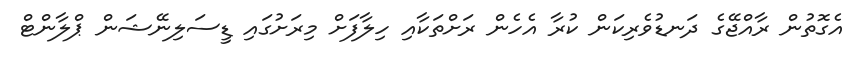
އެގޮތުން ރާއްޖޭގެ ދަނޑުވެރިކަން ކުރާ އެހެން ރަށްތަކާއި ހިލާފަށް މިރަށުގައި ޑީސަލިނޭޝަން ޕްލާންޓް